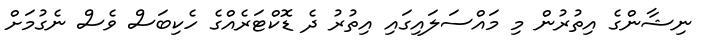
ނިޝާންގެ އިތުރުން މި މައްސަލައިގައި އިތުރު ދެ ޑޮކްޓަރެއްގެ ހެކިބަސް ވެސް ނެގުމަށް